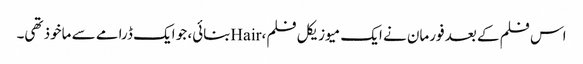
اس فلم کے بعد فورمان نے ایک میوزیکل فلم، Hairبنائی، جو ایک ڈرامے سے ماخوذ تھی۔